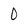
Character: 0